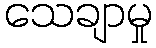
သေချာမှု